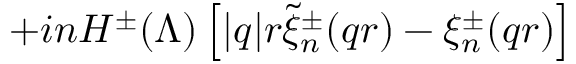
+ i n H ^ { \pm } ( \Lambda ) \left[ | q | r \widetilde { \xi } _ { n } ^ { \pm } ( q r ) - \xi _ { n } ^ { \pm } ( q r ) \right]